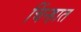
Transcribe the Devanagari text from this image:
चिंन्हात